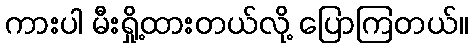
ကားပါ မီးရှို့ထားတယ်လို့ ပြောကြတယ်။